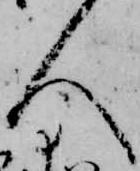
人